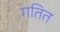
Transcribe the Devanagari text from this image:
गतित